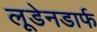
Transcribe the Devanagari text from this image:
लूडेनडार्फ